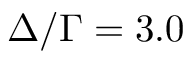
\Delta / \Gamma = 3 . 0